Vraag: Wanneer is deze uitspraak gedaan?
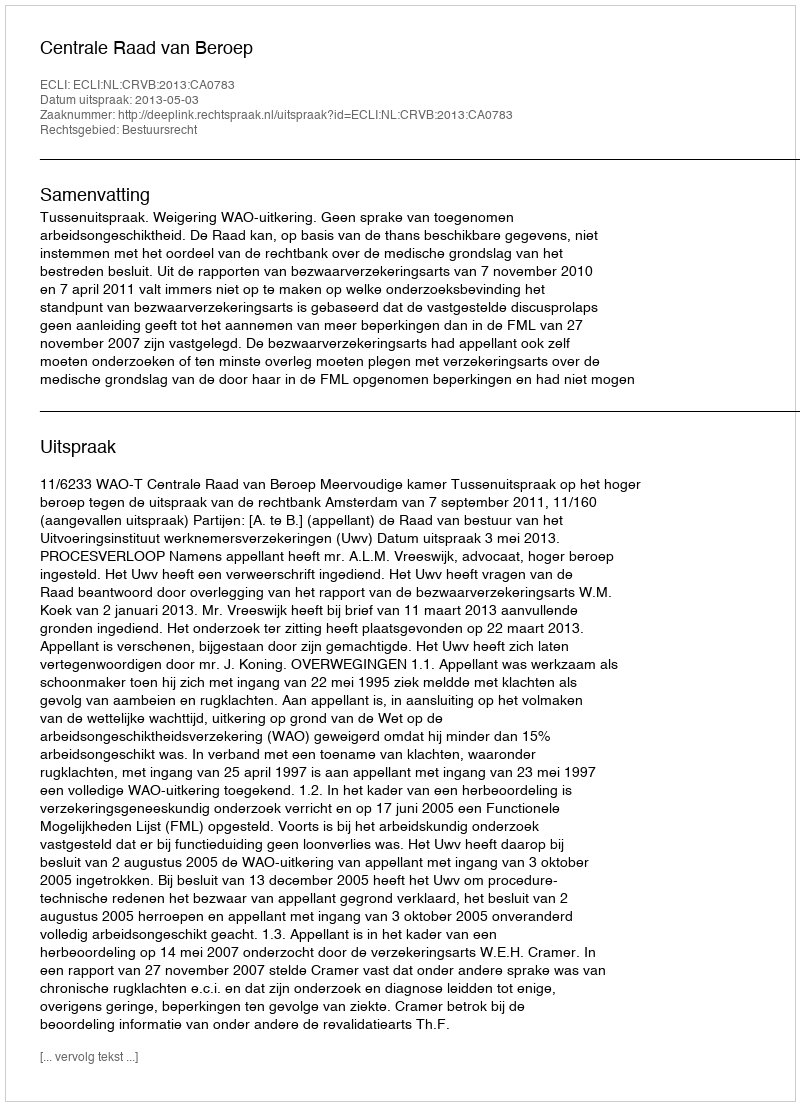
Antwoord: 2013-05-03